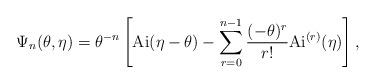
LaTeX: \begin{align*} \Psi_n(\theta,\eta) = \theta ^{-n} \left[ \mathrm{Ai}(\eta-\theta) - \sum\limits_{r=0}^{n-1} \frac{(-\theta)^{r}}{r!}\mathrm{Ai}^{(r)}(\eta) \right], \end{align*}